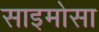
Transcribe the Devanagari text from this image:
साइमोसा